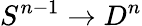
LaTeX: S^{n-1}\to D^{n}